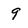
Character: 9